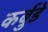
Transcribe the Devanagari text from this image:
कर्बुडे